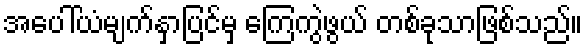
အပေါ်ယံမျက်နှာပြင်မှ ကြေကွဲဖွယ် တစ်ခုသာဖြစ်သည်။